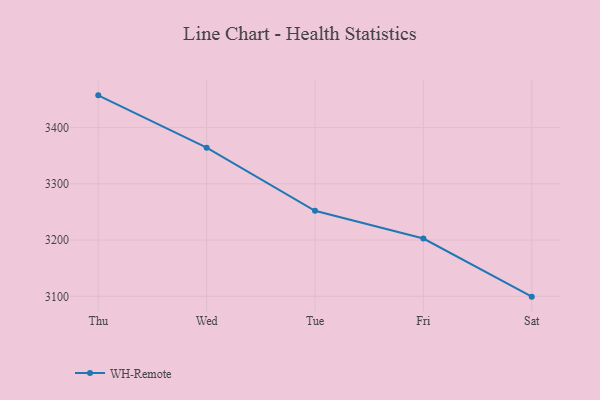
{"axis": {"x": "Day", "y": "Backlog"}, "legend": ["WH-Remote"], "data": [{"x": "Thu", "y": 3457.3, "type": "WH-Remote"}, {"x": "Wed", "y": 3364.3, "type": "WH-Remote"}, {"x": "Tue", "y": 3252.0, "type": "WH-Remote"}, {"x": "Fri", "y": 3202.7, "type": "WH-Remote"}, {"x": "Sat", "y": 3099.4, "type": "WH-Remote"}]}